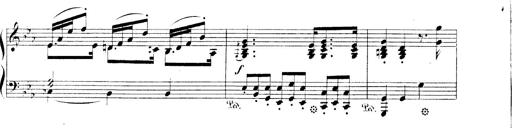
Title: 3 Chansons
Composer: Franz Liszt